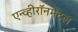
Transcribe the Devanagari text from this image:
एन्व्हीरॉनमेंटल